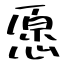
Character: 愿